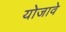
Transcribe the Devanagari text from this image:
योजावे